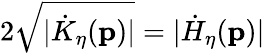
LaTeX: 2\sqrt{\vert\dot{K}_{\eta}(\mathbf{p})\vert}=\vert\dot{H}_{\eta}(\mathbf{p})\vert